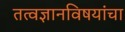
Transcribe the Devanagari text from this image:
तत्वज्ञानविषयांचा